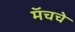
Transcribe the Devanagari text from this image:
मॅचचे